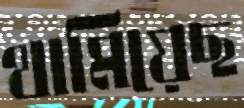
থামিয়েছ